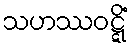
သဟဿဝဋ္ဋိံ